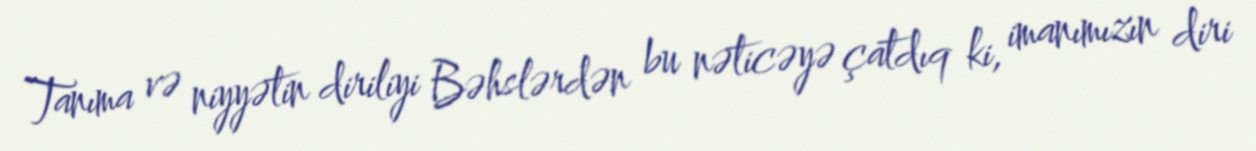
Tanıma və niyyətin diriliyi Bəhslərdən bu nəticəyə çatdıq ki, imanımızın diri